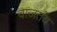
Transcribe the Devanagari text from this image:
वाजतंय